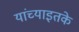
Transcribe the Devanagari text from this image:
यांच्याइतके